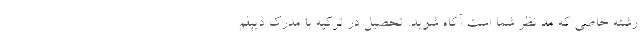
رشته خاصی که مد نظر شما است آگاه شوید. تحصیل در ترکیه با مدرک دیپلم